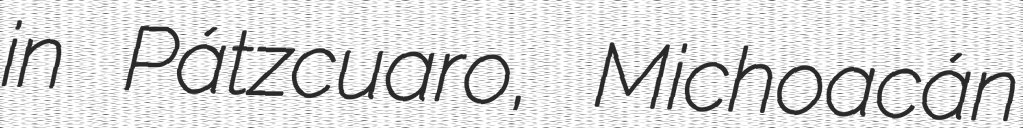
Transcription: in Pátzcuaro, Michoacán